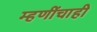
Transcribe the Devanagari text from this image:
म्हणींचाही